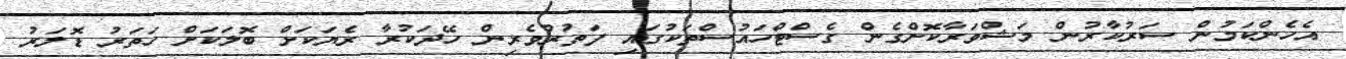
އެހެންކަމުން ސަރުކާރުން މަޝްވަރާކޮށްގެން ގެސްޓްހައުސްތަކުގައި ފަތުރުވެރިން ހޭދަކުރާ ރެޔަކަށް ބޮލަކަށް ހަތަރު ޑޮލަރު